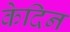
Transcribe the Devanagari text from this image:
केदिन